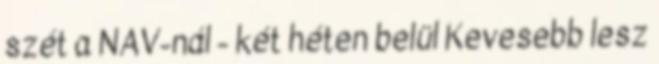
szét a NAV-nál - két héten belül Kevesebb lesz